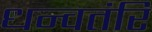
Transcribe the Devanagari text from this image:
धन्वतंरि